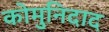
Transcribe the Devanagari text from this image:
कोमुनिदाद